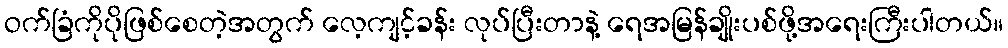
ဝက်ခြံကိုပိုဖြစ်စေတဲ့အတွက် လေ့ကျင့်ခန်း လုပ်ပြီးတာနဲ့ ရေအမြန်ချိုးပစ်ဖို့အရေးကြီးပါတယ်။